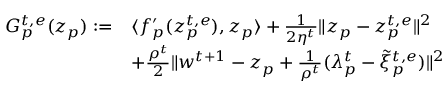
\begin{array} { r l } { G _ { p } ^ { t , e } ( z _ { p } ) : = } & { \langle f _ { p } ^ { \prime } ( z _ { p } ^ { t , e } ) , z _ { p } \rangle + \textstyle \frac { 1 } { 2 \eta ^ { t } } \| z _ { p } - z _ { p } ^ { t , e } \| ^ { 2 } } \\ & { + \textstyle \frac { \rho ^ { t } } { 2 } \| w ^ { t + 1 } - z _ { p } + \frac { 1 } { \rho ^ { t } } ( \lambda _ { p } ^ { t } - \tilde { \xi } _ { p } ^ { t , e } ) \| ^ { 2 } } \end{array}